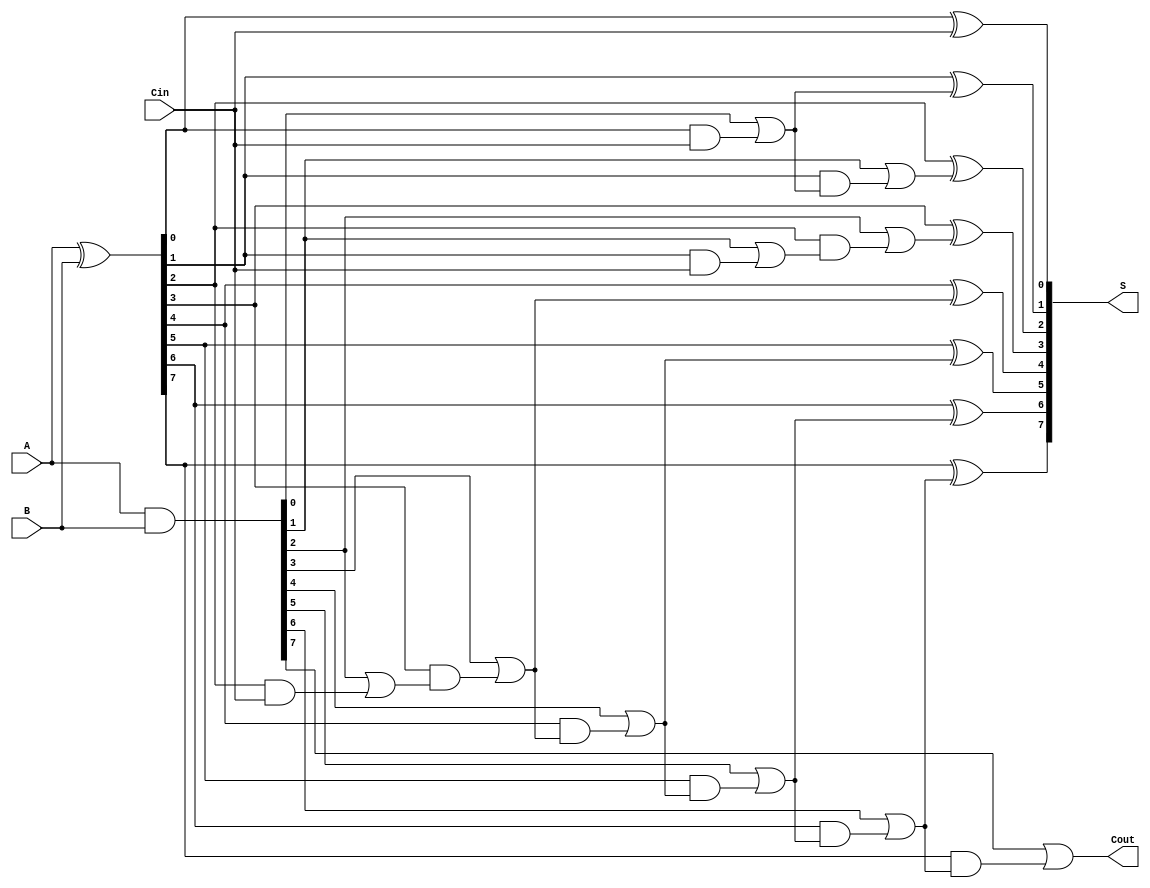
module Sklansky_Adder #(
    parameter N = 8 // Number of bits
)(
    input [N-1:0] A,
    input [N-1:0] B,
    input Cin,
    output [N-1:0] S,
    output Cout
);

    // Generate and Propagate signals
    wire [N-1:0] G; // Generate
    wire [N-1:0] P; // Propagate
    wire [N-1:0] C; // Carry bits

    // Generate and Propagate calculations
    assign G = A & B; // Generate signal
    assign P = A ^ B; // Propagate signal

    // Carry calculations
    // Level 1:
    assign C[0] = G[0] | (P[0] & Cin);
    
    // Level 2:
    genvar i;
    generate
        for (i = 1; i < N/2; i = i + 1) begin: gen_level1
            assign C[i] = G[i] | (P[i] & (G[i-1] | (P[i-1] & Cin)));
        end
    endgenerate

    // Level 3:
    generate
        for (i = N/2; i < N-1; i = i + 1) begin: gen_level2
            assign C[i] = G[i] | (P[i] & (C[i-1]));
        end
    endgenerate

    // Final Carry-Out
    assign Cout = G[N-1] | (P[N-1] & C[N-2]);

    // Sum calculation
    assign S[0] = P[0] ^ Cin;
    generate
        for (i = 1; i < N; i = i + 1) begin: sum_gen
            assign S[i] = P[i] ^ C[i-1];
        end
    endgenerate

endmodule